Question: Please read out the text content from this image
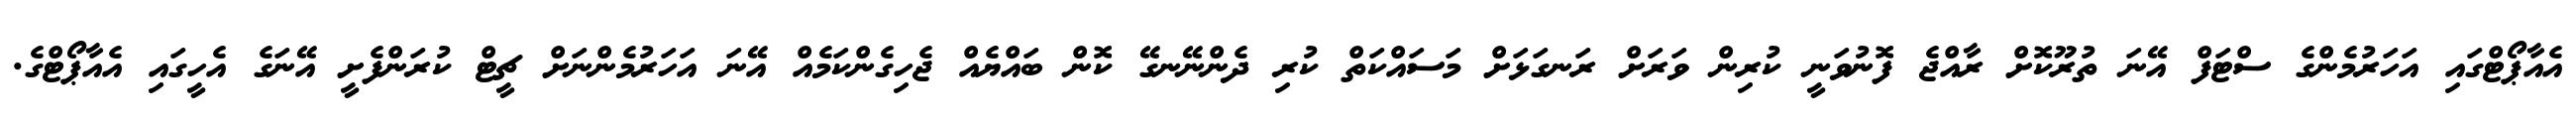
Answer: އެއާޕޯޓްގައި އަހަރުމެންގެ ސްޓަފް އޭނަ ތުރޫކޮށް ރާއްޖެ ފޮނުވަނީ ކުރިން ވަރަށް ރަނގަޅަށް މަސައްކަތް ކުރި ދެންނޭނގޭ ކޮން ބައްޔެއް ޖެހިގެންކަމެއް އޭނަ އަހަރުމެންނަށް ޗީޓް ކުރަންފެށީ އޭނަގެ އެހީގައި އެއާޕޯޓްގެ.